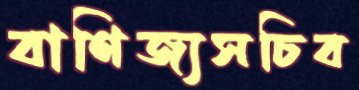
বাণিজ্যসচিব